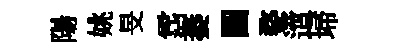
陽姚旻霑萎圖婺𨗁埽